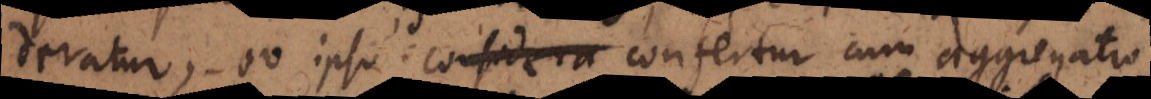
deratur, eo ipso id confertur cum aggregato